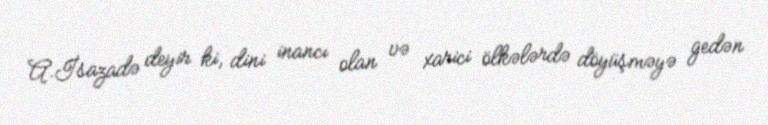
A.İsazadə deyir ki, dini inancı olan və xarici ölkələrdə döyüşməyə gedən